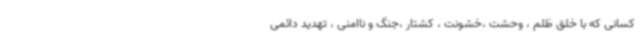
کسانی که با خلق ظلم ، وحشت ،خشونت ، کشتار ،جنگ و ناامنی ، تهدید دائمی